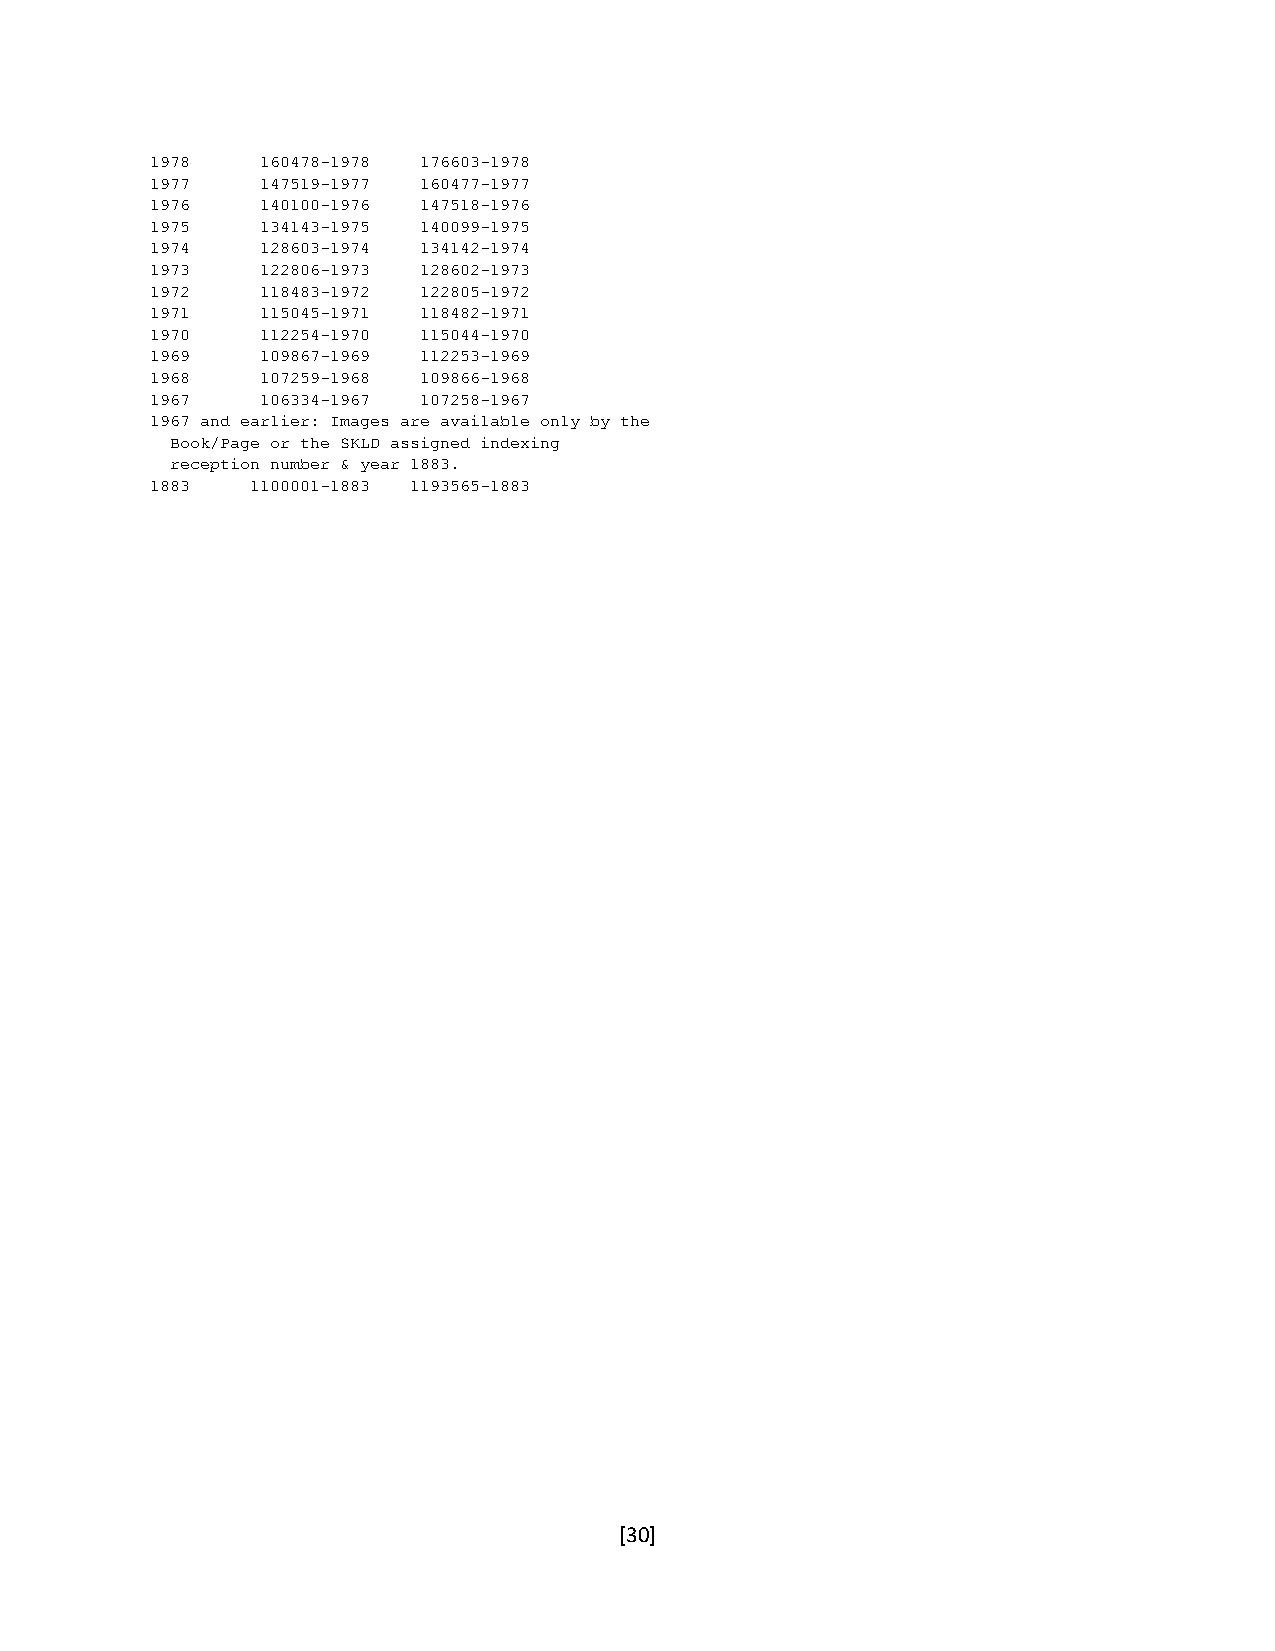
1978   160478-1978 176603-1978
 1977   147519-1977 160477-1977
 1976   140100-1976 147518-1976
 1975   134143-1975 140099-1975
 1974   128603-1974 134142-1974
 1973   122806-1973 128602-1973
 1972   118483-1972 122805-1972
 1971   115045-1971 118482-1971
 1970   112254-1970 115044-1970
 1969   109867-1969 112253-1969
 1968   107259-1968 109866-1968
 1967   106334-1967 107258-1967
 1967 and earlier: Images are available only by the
 Book/Page or the SKLD assigned indexing
 reception number & year 1883.
 1883   1100001-1883 1193565-1883
 [30]